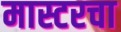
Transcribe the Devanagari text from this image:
मास्टरचा